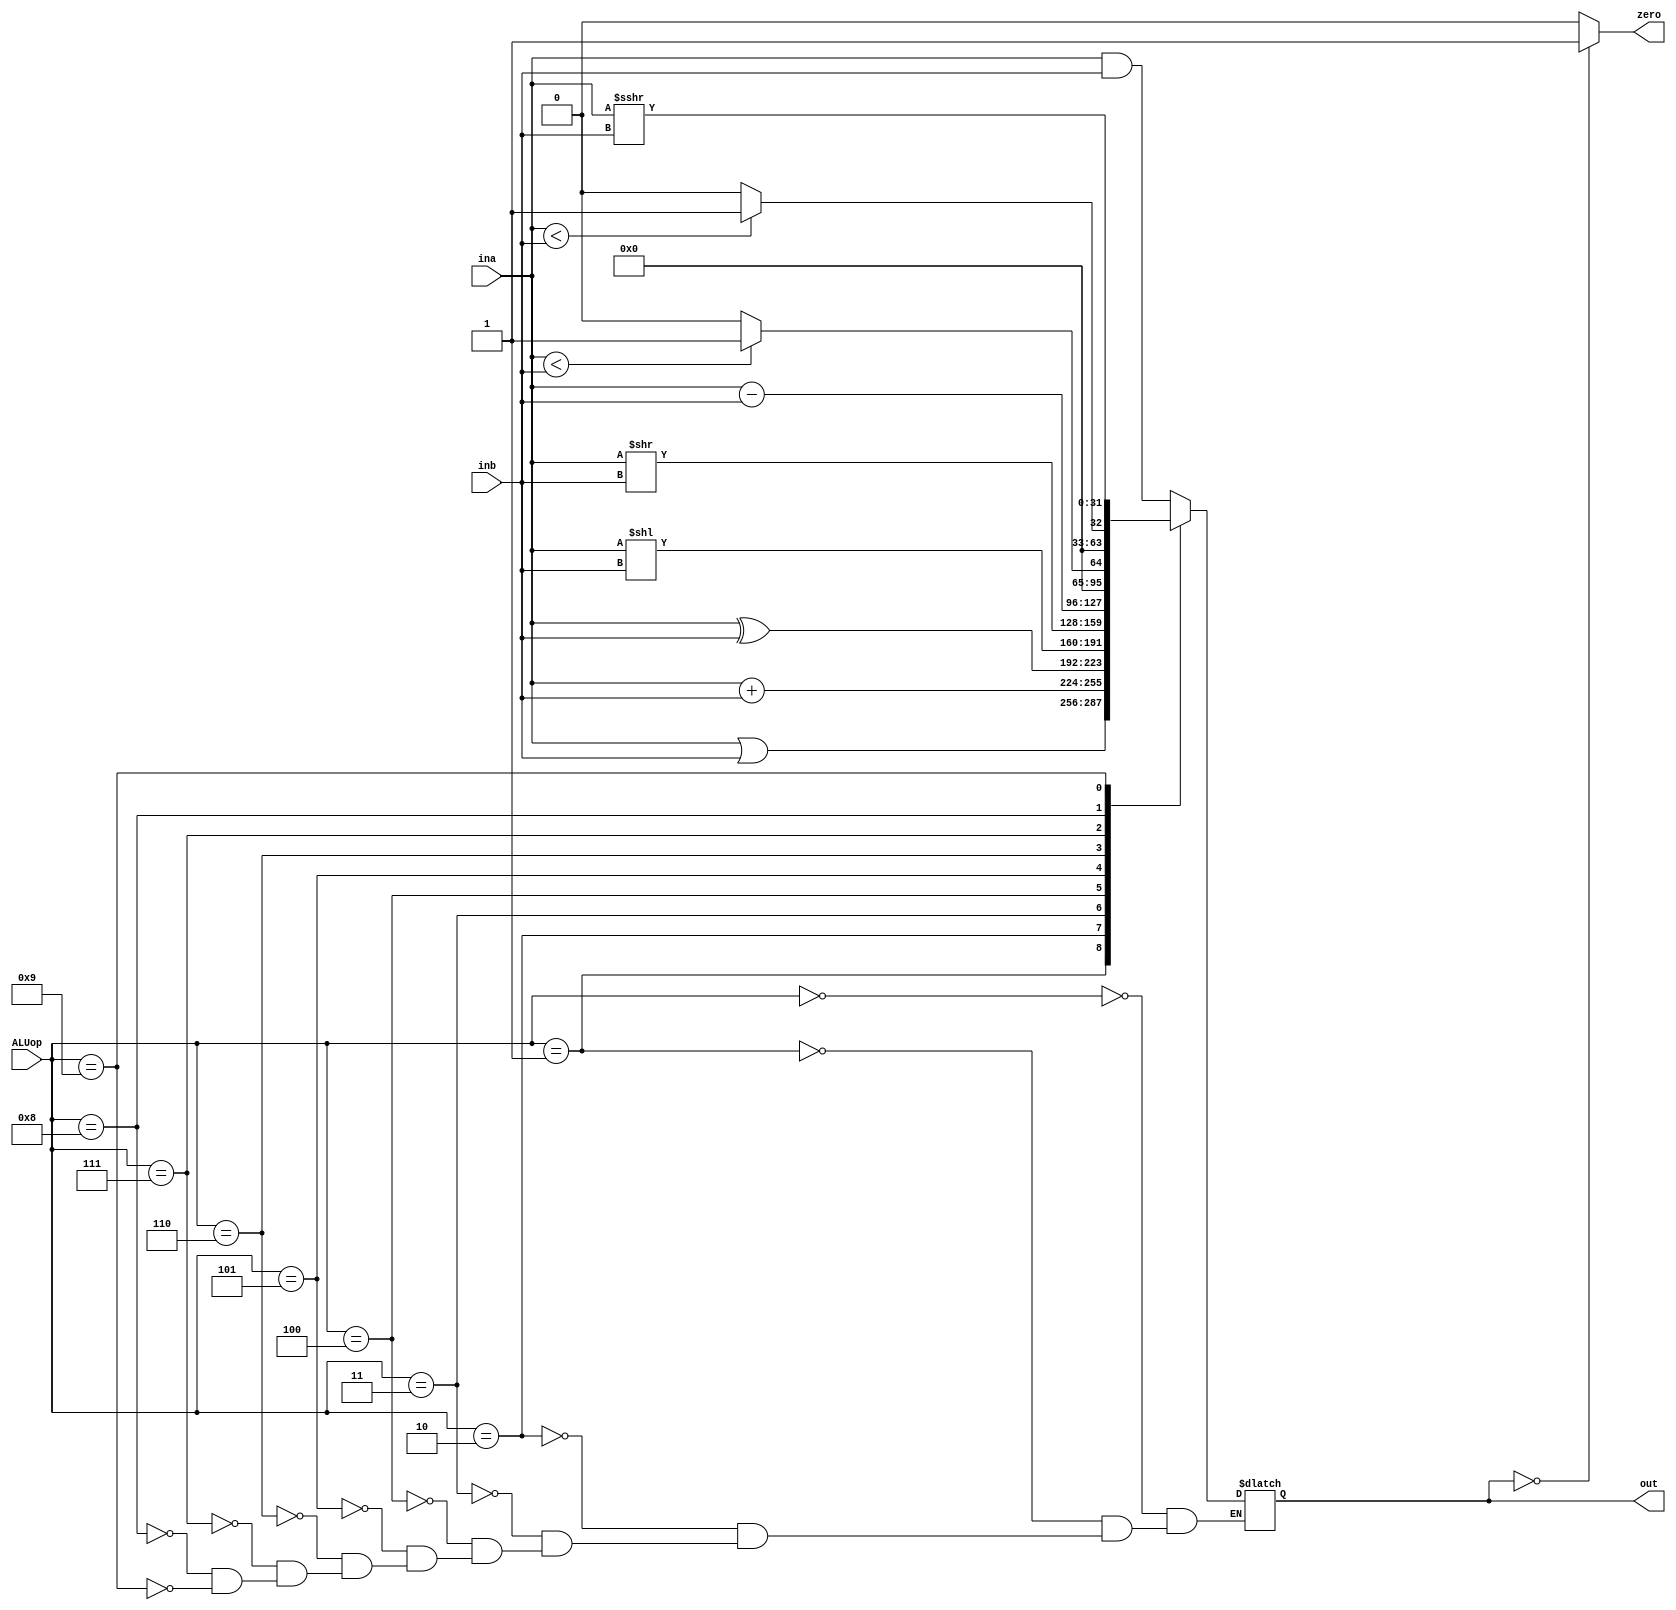
`timescale 1ns / 1ps
//////////////////////////////////////////////////////////////////////////////////
// Company: 
// Engineer: 
// 
// Design Name: 
// Module Name: ALU
// Project Name: 
// Target Devices: 
// Tool Versions: 
// Description: 
// 
// Dependencies: 
// 
// Revision:
// Revision 0.01 - File Created
// Additional Comments:
// 
//////////////////////////////////////////////////////////////////////////////////


module ALU(input [3:0] ALUop, //ALUinput ce selecteaza operatia
           input [31:0] ina,inb, //operanzii ce iau parte la operatie
           output zero, //semnal ce verifica daca rezultatul este 0
           output reg [31:0] out); //rezultatul operatiei
    
    reg sign;
    always @(*) begin
        case (ALUop)
            0: out = ina & inb;
            1: out = ina | inb;
            2: out = ina + inb;
            3: out = ina ^ inb;
            4: out = ina << inb; // sll
            5: out = ina >> inb; // srl
            6: out = ina - inb;
            7: out = (ina < inb) ? 1 : 0; // sltu
            8: out = ($signed(ina) < $signed(inb)) ? 1 : 0; // slt
            9: out = ina >>> inb; // sra
        endcase
    end
    
    assign zero = (out == 0) ? 1 : 0;
    
endmodule